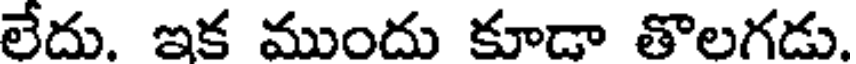
లేదు. ఇక ముందు కూడా తొలగడు.